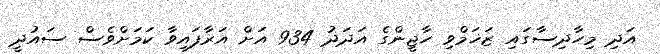
އަދި މިހާދިސާގައި ޒަޚަމްވި ހާޖީންގެ އަދަދު 934 އަށް އަރާފައިވާ ކަމަށްވެސް ސައުދީ